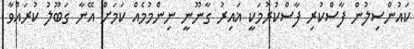
ކައުންސިލުން ފާސްކުރި ފާސްކުރުމަކީ ޣައިރު ގާނޫނީ ނިންމުމެއް ކަމަށް އޭނާ ގަބޫލު ކުރައްވާ